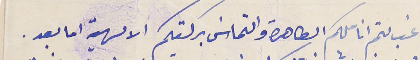
غب لثم اناملكم الطاهرة والتماسَ بركتكم الالهية اما بعد .